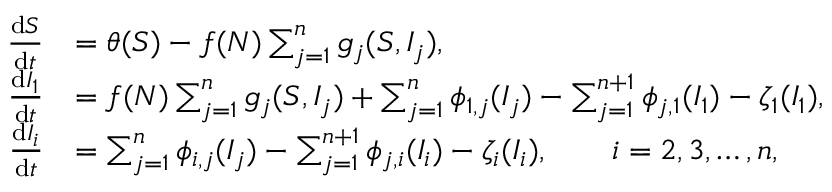
\begin{array} { r l } { \frac { \mathrm { d } S } { \mathrm { d } t } } & { = \theta ( S ) - f ( N ) \sum _ { j = 1 } ^ { n } g _ { j } ( S , I _ { j } ) , } \\ { \frac { \mathrm { d } I _ { 1 } } { \mathrm { d } t } } & { = f ( N ) \sum _ { j = 1 } ^ { n } g _ { j } ( S , I _ { j } ) + \sum _ { j = 1 } ^ { n } \phi _ { 1 , j } ( I _ { j } ) - \sum _ { j = 1 } ^ { n + 1 } \phi _ { j , 1 } ( I _ { 1 } ) - \zeta _ { 1 } ( I _ { 1 } ) , } \\ { \frac { \mathrm { d } I _ { i } } { \mathrm { d } t } } & { = \sum _ { j = 1 } ^ { n } \phi _ { i , j } ( I _ { j } ) - \sum _ { j = 1 } ^ { n + 1 } \phi _ { j , i } ( I _ { i } ) - \zeta _ { i } ( I _ { i } ) , \qquad i = 2 , 3 , \dots , n , } \end{array}